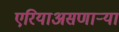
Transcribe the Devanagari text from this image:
एरियाअसणार्‍या